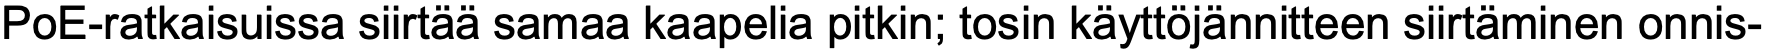
PoE-ratkaisuissa siirtää samaa kaapelia pitkin; tosin käyttöjännitteen siirtäminen onnis-